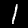
Digit: 1